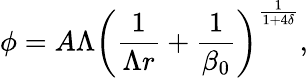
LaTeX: \phi=A\Lambda\left(\frac{1}{\Lambda r}+\frac{1}{\beta_{0}}\right)^{\frac{1}{1+4\delta}},